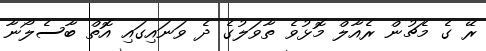
ރޭ ގެ މެޗުން ރެއާލް މޮޅުވެ ތާވަލުގެ ދެ ވަނައިގައި އޮތް ބާސެލޯނާ